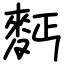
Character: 麫